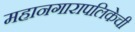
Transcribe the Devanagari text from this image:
महानगारापलिकेची